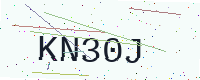
Text: KN30J